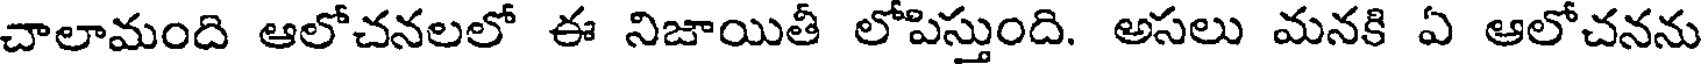
చాలామంది ఆలోచనలలో ఈ నిజాయితీ లోపిస్తుంది. అసలు మనకి ఏ ఆలోచనను